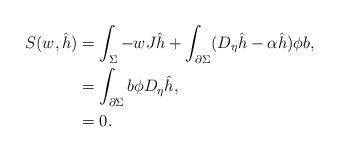
LaTeX: \begin{align*}S(w, \hat{h})&= \int_{\Sigma}-w J\hat{h}+\int_{\partial \Sigma}(D_\eta \hat{h}-\alpha \hat{h})\phi b,\\&=\int_{\partial \Sigma}b \phi D_\eta \hat{h},\\&=0.\end{align*}